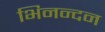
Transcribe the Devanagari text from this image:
भिनन्दन